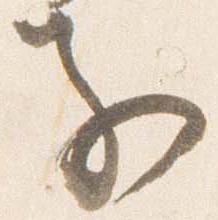
子